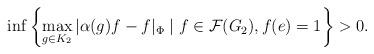
LaTeX: \begin{align*}\inf\left\{ \max_{g \in K_2} |\alpha(g)f-f|_{\Phi} \mid f \in {\mathcal F}(G_2),f(e) = 1\right\} > 0.\end{align*}